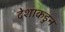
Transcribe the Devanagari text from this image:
देशाकडुन